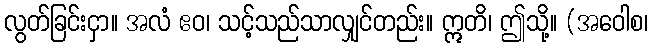
လွတ်ခြင်းငှာ။ အလံ ဧဝ၊ သင့်သည်သာလျှင်တည်း။ ဣတိ၊ ဤသို့။ (အဝေါစ၊